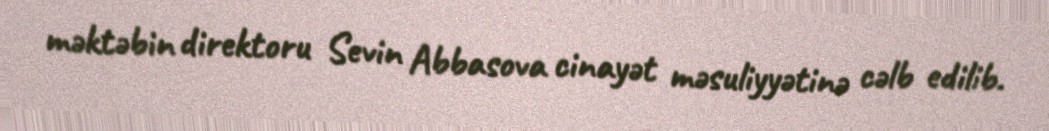
məktəbin direktoru Sevin Abbasova cinayət məsuliyyətinə cəlb edilib.